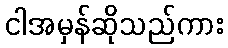
ငါအမှန်ဆိုသည်ကား